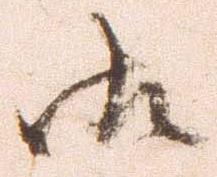
御